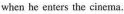
when he enters the cinema.